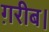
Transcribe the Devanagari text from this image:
ग़रीब।